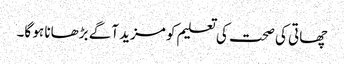
چھاتی کی صحت کی تعلیم کو مزید آگے بڑھانا ہو گا۔